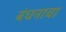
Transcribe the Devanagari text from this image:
बंधनाचा